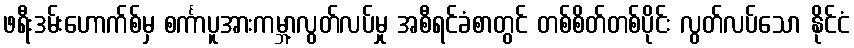
ဖရီးဒမ်းဟောက်စ်မှ စင်္ကာပူအားကမ္ဘာ့လွတ်လပ်မှု အစီရင်ခံစာတွင် တစ်စိတ်တစ်ပိုင်း လွတ်လပ်သော နိုင်ငံ